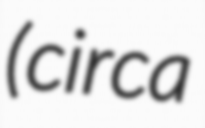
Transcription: (circa